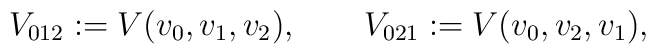
V_{012} := V(v_0,v_1,v_2),\qquad V_{021} := V(v_0,v_2,v_1),